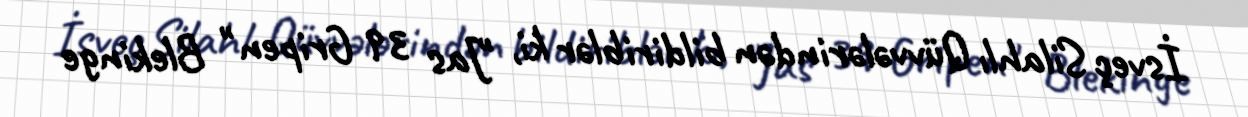
İsveç Silahlı Qüvvələrindən bildiriblər ki, "Jas 39 Gripen" Blekinge